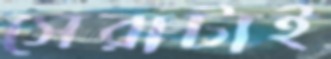
সেরাটাই